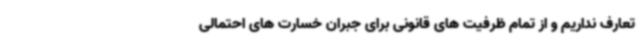
تعارف نداریم و از تمام ظرفیت های قانونی برای جبران خسارت های احتمالی